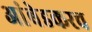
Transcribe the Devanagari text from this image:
आंबेडकरच